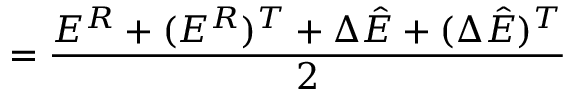
= \frac { E ^ { R } + ( E ^ { R } ) ^ { T } + \Delta \hat { E } + ( \Delta \hat { E } ) ^ { T } } { 2 }